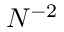
N ^ { - 2 }